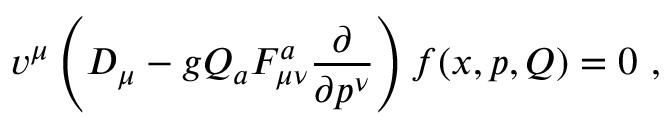
v ^ { \mu } \left( D _ { \mu } - g Q _ { a } F _ { \mu \nu } ^ { a } \frac { \partial } { \partial p ^ { \nu } } \right) f ( x , p , Q ) = 0 \ ,